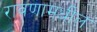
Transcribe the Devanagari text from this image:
रावणामधील